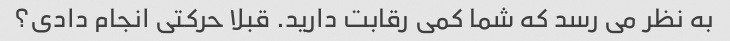
به نظر می رسد که شما کمی رقابت دارید. قبلا حرکتی انجام دادی؟